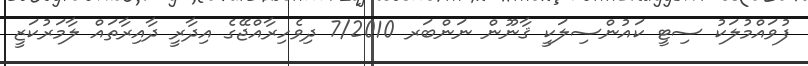
ފުވައްމުލަކު ސިޓީ ކައުންސިލަކީ ޤާނޫން ނަންބަރ 7/2010 ދިވެހިރާއްޖޭގެ އިދާރީ ދާއިރާތައް ލާމަރުކަޒީ